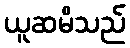
ယူဆမိသည်